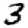
Digit: 3